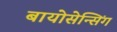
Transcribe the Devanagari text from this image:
बायोसेन्सिंग